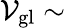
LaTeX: \mathcal{V}_{\mathrm{{gl}}}\sim